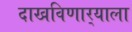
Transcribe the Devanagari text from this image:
दाखविणार्‍याला